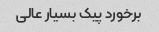
برخورد پیک بسیار عالی